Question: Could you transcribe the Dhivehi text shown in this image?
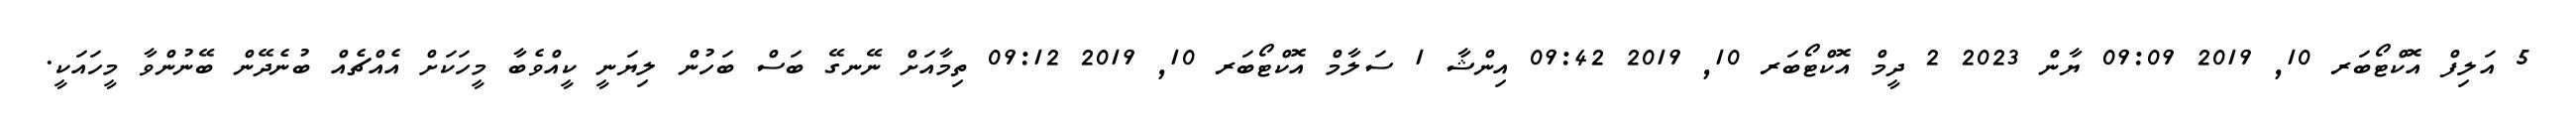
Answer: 5 އަލިފް އޮކްޓޯބަރ 10, 2019 09:09 ޔާން 2023 2 ދީމް އޮކްޓޯބަރ 10, 2019 09:42 އިންޝާ 1 ސަލާމް އޮކްޓޯބަރ 10, 2019 09:12 ތިމާއަށް ނޭނގޭ ބަސް ބަހުން ލިޔަނީ ކީއްވެބާ މީހަކަށް އެއްޗެއް ބުނެދޭން ބޭނުންވާ މީހައަކީ.